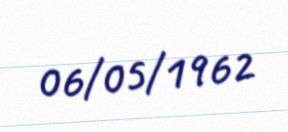
06/05/1962